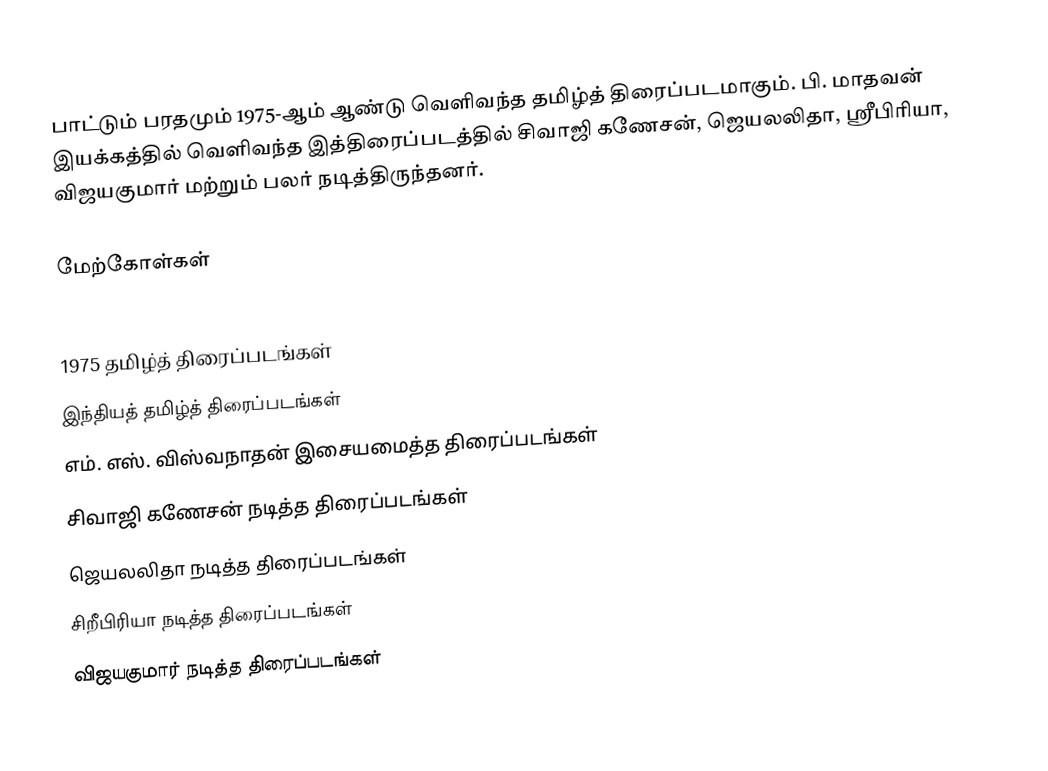
பாட்டும் பரதமும் 1975-ஆம் ஆண்டு வெளிவந்த தமிழ்த் திரைப்படமாகும். பி. மாதவன் இயக்கத்தில் வெளிவந்த இத்திரைப்படத்தில் சிவாஜி கணேசன், ஜெயலலிதா, ஶ்ரீபிரியா, விஜயகுமார் மற்றும் பலர் நடித்திருந்தனர்.

மேற்கோள்கள்

1975 தமிழ்த் திரைப்படங்கள்
இந்தியத் தமிழ்த் திரைப்படங்கள்
எம். எஸ். விஸ்வநாதன் இசையமைத்த திரைப்படங்கள்
சிவாஜி கணேசன் நடித்த திரைப்படங்கள்
ஜெயலலிதா நடித்த திரைப்படங்கள்
சிறீபிரியா நடித்த திரைப்படங்கள்
விஜயகுமார் நடித்த திரைப்படங்கள்